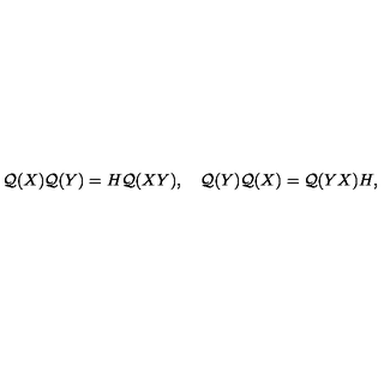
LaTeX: { \cal Q } ( X ) { \cal Q } ( Y ) = H { \cal Q } ( X Y ) , \quad { \cal Q } ( Y ) { \cal Q } ( X ) = { \cal Q } ( Y X ) H ,